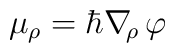
\mu_\rho= \hbar\nabla\!_\rho\,\varphi